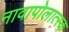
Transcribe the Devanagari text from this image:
नावापोलात्स्क